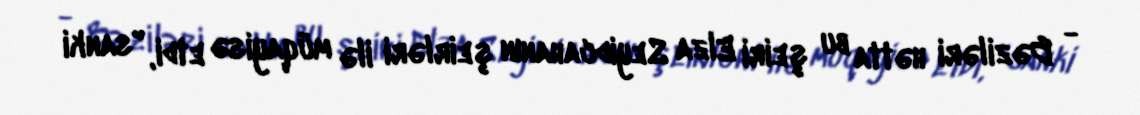
- Bəziləri hətta bu şeiri Elza Seyidcahanın şeirləri ilə müqayisə etdi, "sanki